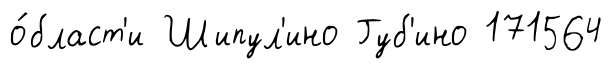
о́бласт'и Шипул'ино Губ'ино 171564